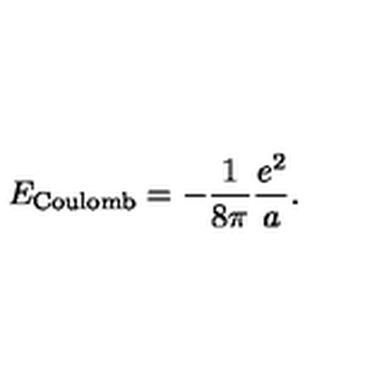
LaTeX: E _ { \mathrm { C o u l o m b } } = - { \frac { 1 } { 8 \pi } } { \frac { e ^ { 2 } } { a } } .